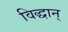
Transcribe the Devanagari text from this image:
विद्धान्‌